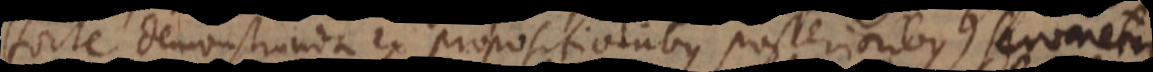
(forte demonstranda ex propositionibus posterioribus) servaretur